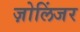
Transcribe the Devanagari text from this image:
ज़ोलिंजर